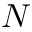
N